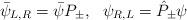
LaTeX: \begin{align*}\bar{\psi}_{L,R}= \bar{\psi}P_{\pm}, \ \ \psi_{R,L}= \hat{P}_{\pm}\psi\end{align*}